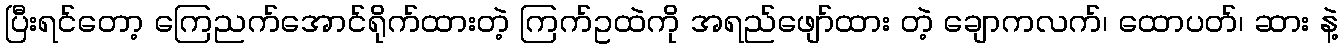
ပြီးရင်တော့ ကြေညက်အောင်ရိုက်ထားတဲ့ ကြက်ဥထဲကို အရည်ဖျော်ထား တဲ့ ချောကလက်၊ ထောပတ်၊ ဆား နဲ့